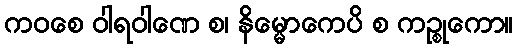
ကဝစေ ဝါရဝါဏေ စ၊ နိမ္မောကေပိ စ ကဉ္စုကော။